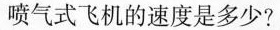
喷气式飞机的速度是多少?